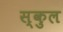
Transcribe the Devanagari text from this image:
स्‍कुल